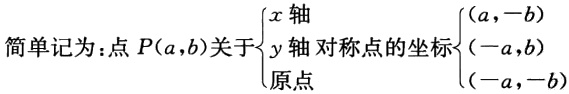
简单记为：点\(P(a,b)\)关于\(\begin{cases}

x\text{ 轴} \\

y\text{ 轴} \\

\text{原点}

\end{cases}\)对称点的坐标\(\begin{cases}

(a,-b) \\

(-a,b) \\

(-a,-b)

\end{cases}\)